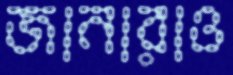
জানারাও